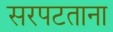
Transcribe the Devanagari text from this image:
सरपटताना